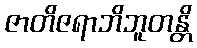
ဇာတိဇရာဘိဘူတန္တိ